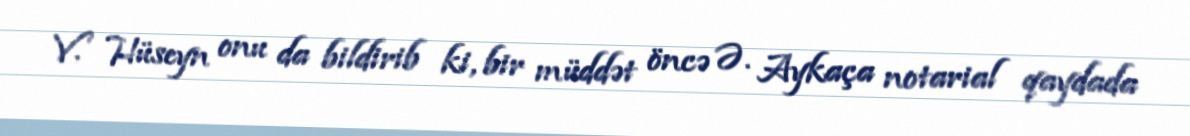
V. Hüseyn onu da bildirib ki, bir müddət öncə Ə. Aykaça notarial qaydada